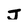
Character: J